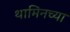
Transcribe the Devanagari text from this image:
थामिनच्या